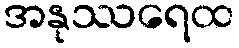
အနုဿရေထ